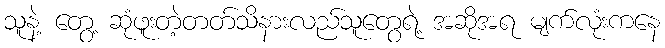
သူနဲ့ တွေ့ ဆုံဖူးတဲ့တတ်သိနားလည်သူတွေရဲ့ အဆိုအရ မျက်လုံးကနေ